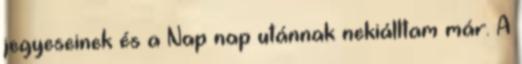
jegyeseinek és a Nap nap utánnak nekiálltam már. A